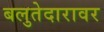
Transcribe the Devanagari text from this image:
बलुतेदारावर